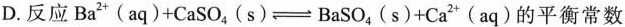
D.反应Ba^{2+}(aq)+CaSO_{4}(s)\rightleftharpoons BaSO_{4}(s)+Ca^{2+}(aq)的平衡常数